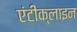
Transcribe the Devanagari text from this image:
एंटीक्लाइन